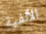
الألفية